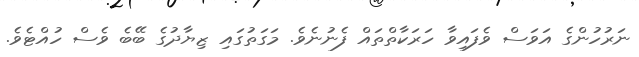
ނަރުހުންގެ އަވަސް ވެފައިވާ ހަރަކާތްތައް ފެނުނެވެ. މަގަތުގައި ޒިޔާދުގެ ބޭބެ ވެސް ހުއްޓެވެ.